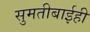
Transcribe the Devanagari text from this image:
सुमतीबाईही